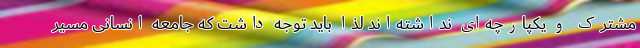
مشترک و یکپارچه‌ای نداشته‌اند لذا باید توجه داشت که جامعه انسانی مسیر